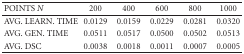
| POINTS N | 200 | 400 | 600 | 800 | 1000 |
 | --- | --- | --- | --- | --- | --- |
 | AVG. LEARN. TIME | 0.0129 | 0.0159 | 0.0229 | 0.0281 | 0.0320 |
 | AVG. GEN. TIME | 0.0511 | 0.0517 | 0.0500 | 0.0502 | 0.0513 |
 | AVG. DSC | 0.0038 | 0.0018 | 0.0011 | 0.0007 | 0.0005 |